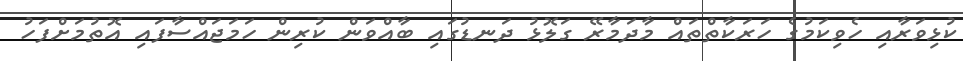
ކުޅިވަރާއި ހެވިކަމުގެ ހަރަކާތްތައް މާދަމާރޭ ގަލޮޅު ދަނޑުގައި ބާއްވަން ކުރިން ހަމަޖައްސާފައި އޮތުމަށްފަހު